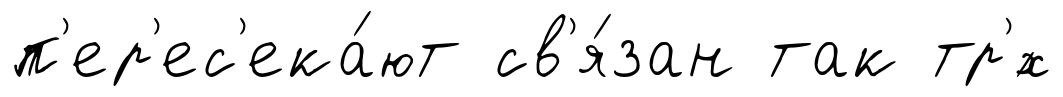
п'ер'ес'ека́ют св'я́зан так тр'́х